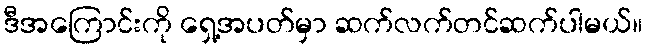
ဒီအကြောင်းကို ရှေ့အပတ်မှာ ဆက်လက်တင်ဆက်ပါမယ်။